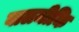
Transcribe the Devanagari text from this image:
वालमीकि